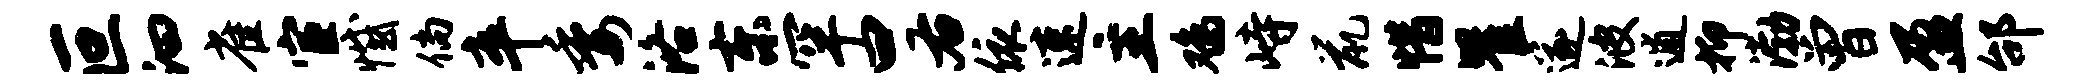
叵汩雀宦憾倘卒委洛东罕曰右依速主鸡峙鼠惜瞿遂波逋抑渤曾盈邰